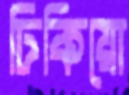
ঢিকিয়ো